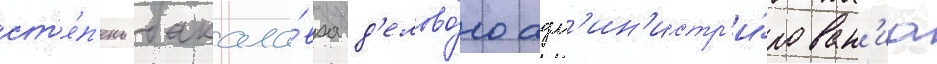
ст'е́п'ень бакала́вра д'елово́го адм'ин'истр'и́рован'иа